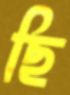
ছি